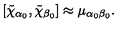
\left[ \tilde { \chi } _ { \alpha _ { 0 } } , \tilde { \chi } _ { \beta _ { 0 } } \right] \approx \mu _ { \alpha _ { 0 } \beta _ { 0 } } .